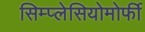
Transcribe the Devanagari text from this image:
सिम्प्लेसियोमोर्फी